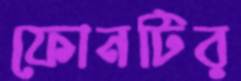
ফোনটির